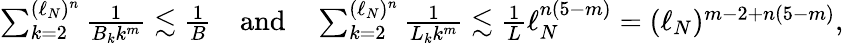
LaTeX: \begin{array}{r}{\sum_{k=2}^{(\ell_{N})^{n}}\frac{1}{B_{k}k^{m}}\lesssim\frac 1B\quad\mathrm{and}\quad\sum_{k=2}^{(\ell_{N})^{n}}\frac{1}{L_{k}k^{m}}\lesssim\frac{1}{L}\ell_{N}^{n(5-m)}=(\ell_{N})^{m-2+n(5-m)},}\end{array}